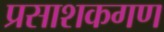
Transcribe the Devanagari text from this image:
प्रसाशकगण